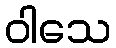
ဝါသေ